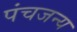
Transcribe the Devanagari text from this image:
पंचजन्य